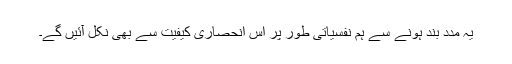
یہ مدد بند ہونے سے ہم نفسیاتی طور پر اس انحصاری کیفیت سے بھی نکل آئیں گے۔